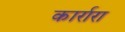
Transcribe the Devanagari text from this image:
कार्रारा